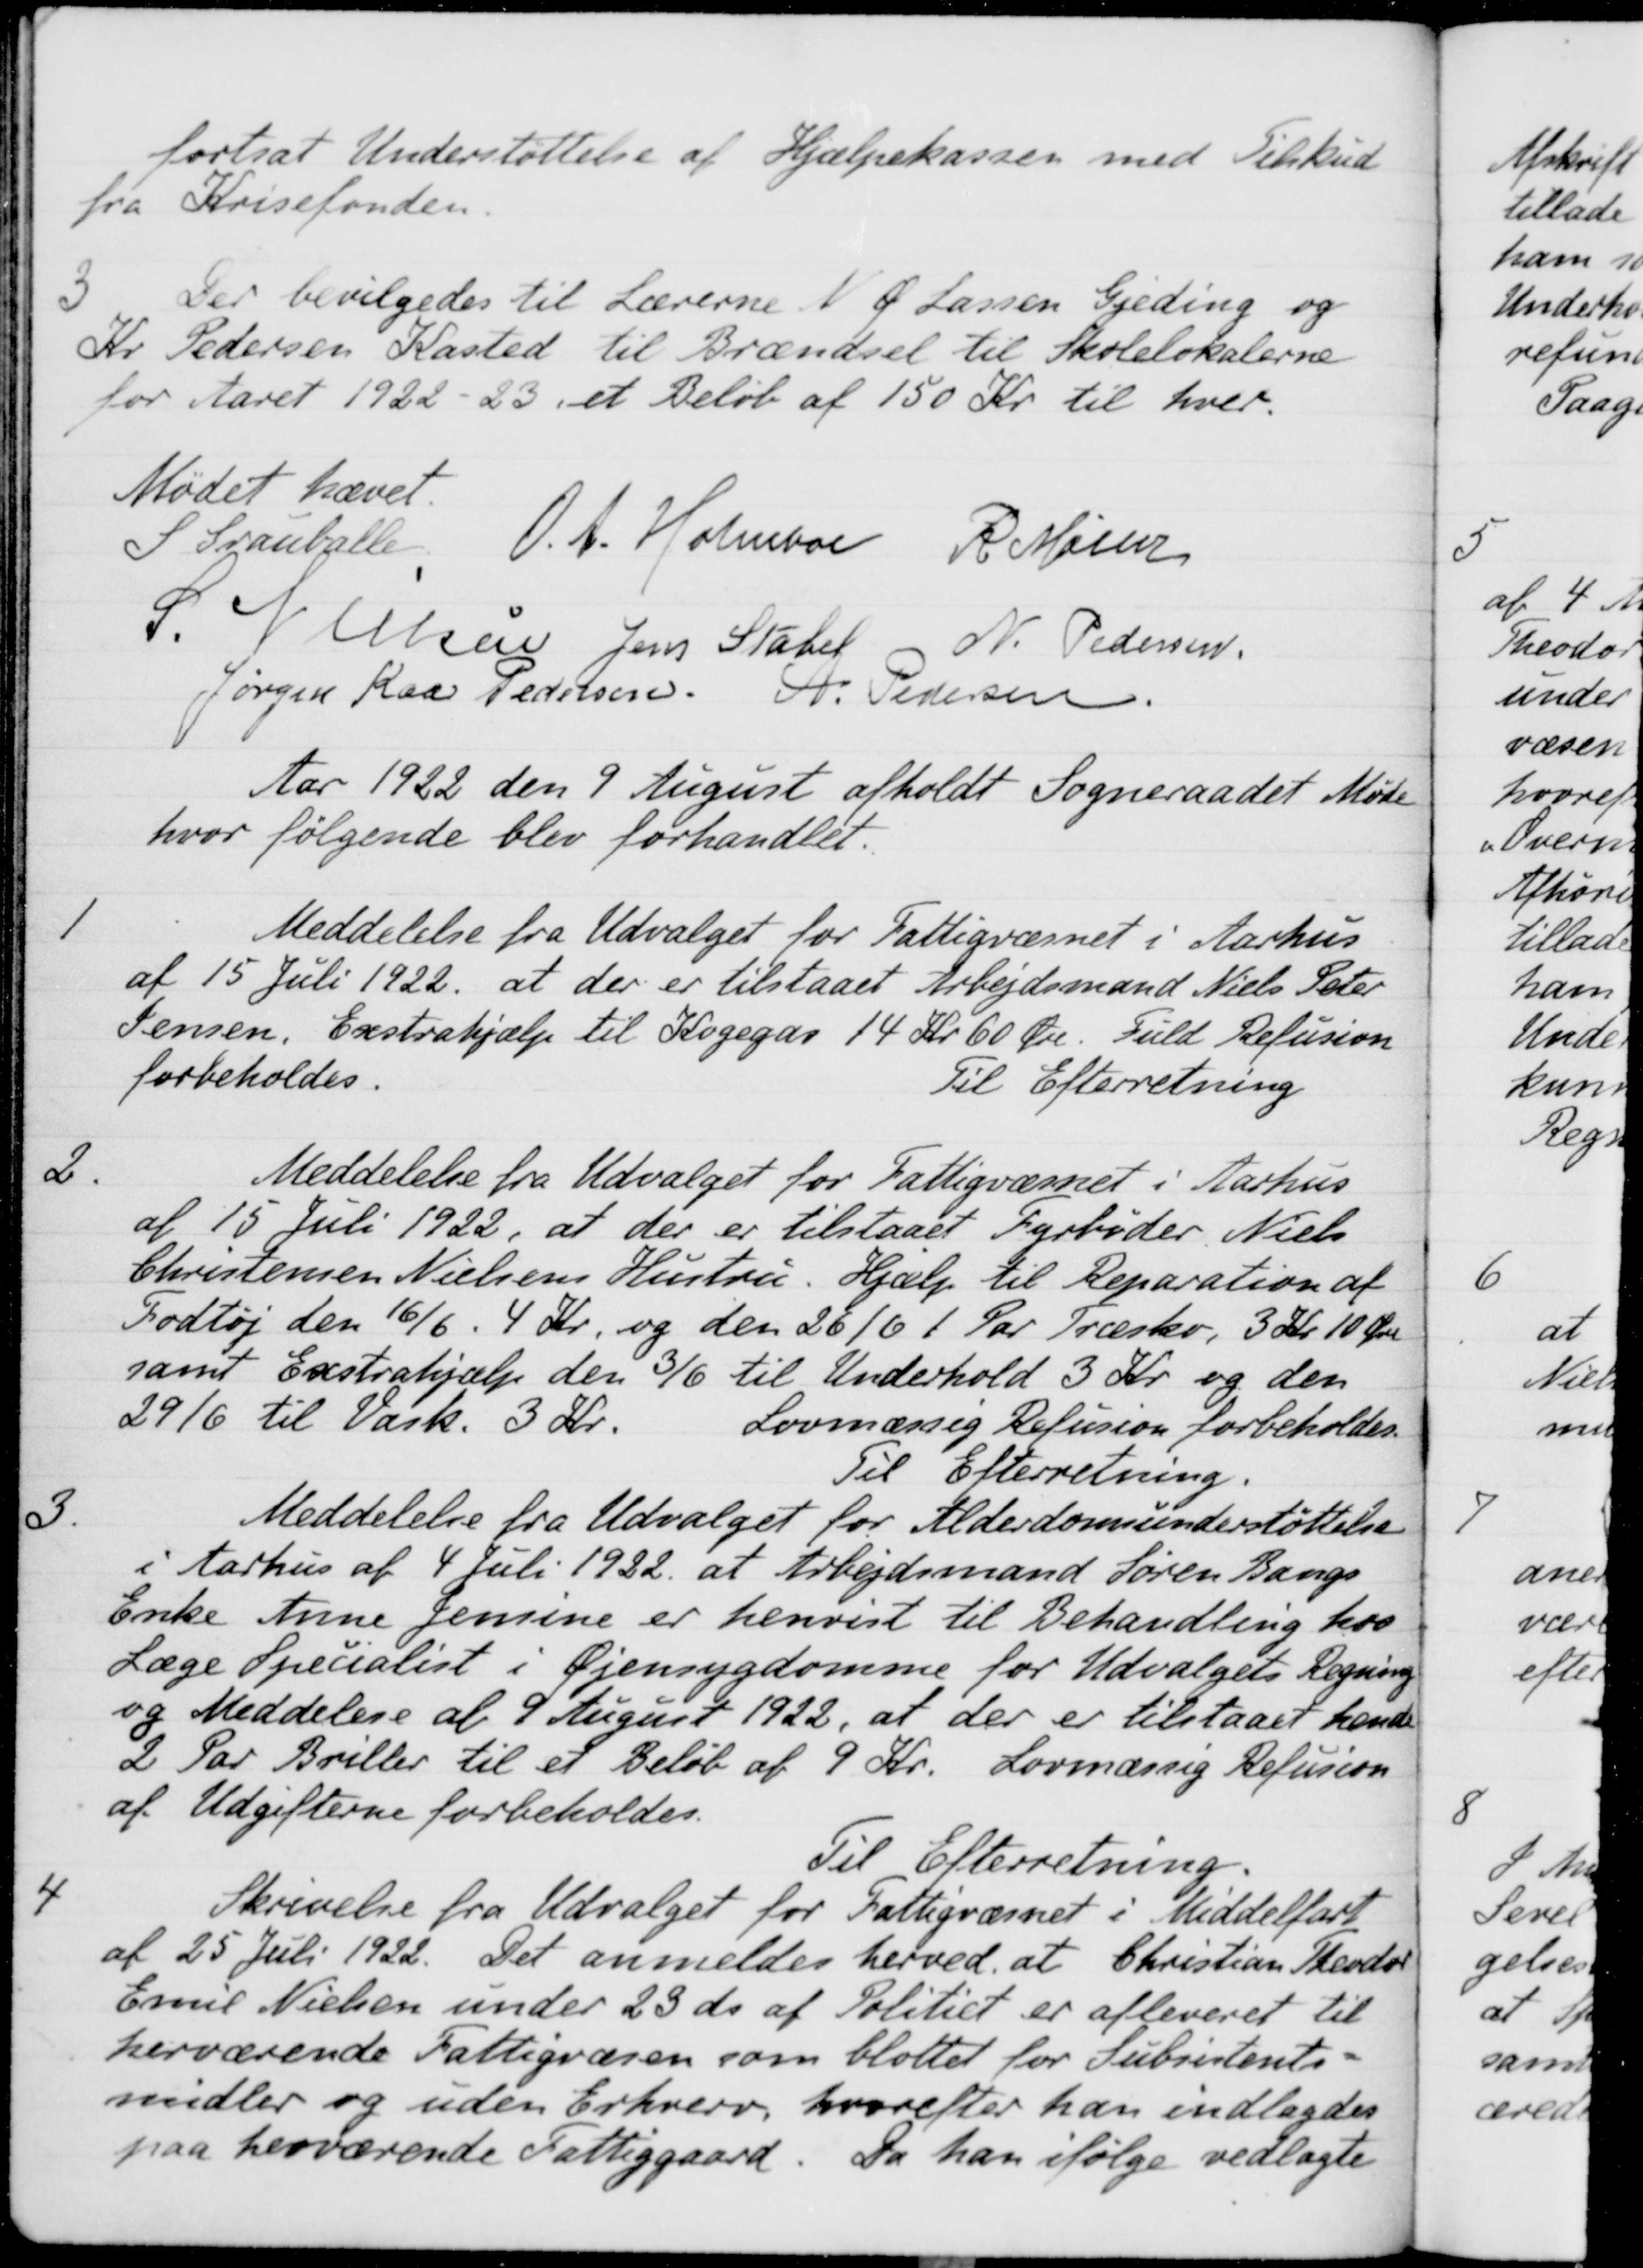
Transskription:
fortsat Understøttelse af Hjælpekassen med Tilskud
fra Krisefonden
3
Der bevilgedes til Lærerne N. P. Lassen Gjeding og
Kr. Pedersen Kasted til Brændsel til Skolelokalerne
for Aaret 1922-23 et Beløb af 150 Kr. til hver.
Mødet hævet.
S Grauballe
O. A. Holmboe
R. Mainz
S Nielsen
Jens Stabel
N. Pedersen
Jørgen Kaa Pedelsen.
A. Pedersen.
Aar 1922 den 9 August afholdt Sogneraadet Møde
hvor følgende blev forhandlet.
1
Meddelelse fra Udvalget for Fattigvæsnet i Aarhus
af 15 Juli 1922 at der er tilstaaet Arbejdsmand Niels Peter
Jensen, Exstrahjælp til Kogegas 14 Kr 60 Øre. fuld Refusion
forbeholdes.
Til Efterretning
2.
Meddelelse fra Udvalget for Fattigvæsnet i Aarhus
af 15 Juli 1922, at der er tilstaaet Fyrbøder Niels
Christensen Nielsens Hustru. Hjælp til Reparation af
Fodtøj den 16/6. 4 Kr. og den 26/6 1 Par Træsko, 3 Kr. 10 Øre
samt Exstrahjælp den 3/6 til Underhold 3 Kr. og den
2916 til Vark. 3 Kr.
Lovmæssig Refusion forbeholdes.
Til Efterretning.
3.
Meddelelse fra Udvalget for Alderdomsunderstøttelse
i Aarhus af 4 Juli 1922 at Arbejdsmand Søren Bangs
Enke Anne Jensine er henvist til Behandling hos
Læge Specialist i Øjensygdomme for Udvalgets Regning
og Meddelelse af 9 August 1922, at der er tilstaaet hende
2 Par Briller til et Beløb af 9 Kr. Lovmæssig Refusion
af Udgifterne forbeholdes.
Til Efterretning.
4
Skrivelse fra Udvalget for Fattigvæsnet i Middelfart
af 25 Juli 1922. Det anmeldes herved, at Christian Theodor
Emil Nielsen under 23 ds. af Politiet er afleveret til
herværende Fattigvæsen som blottet for Subsistents-
midler og uden Erhverv, hvorefter han indlagdes
paa herværende Fattiggaard. Da han ifølge vedlagte